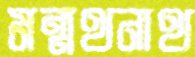
মন্মথনাথ